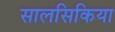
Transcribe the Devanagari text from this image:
सालसिकिया